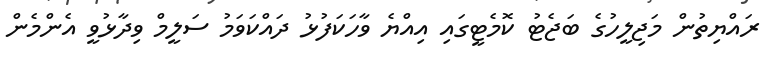
ރައްޔިތުން މަޖިލީހުގެ ބަޖެޓު ކޮމެޓީގައި އިއްޔެ ވާހަކަފުޅު ދައްކަވަމު ސަލީމް ވިދާޅުވީ އެންމެން